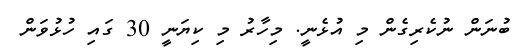
ބުނަން ނުކެރިގެން މި އުޅެނީ. މިހާރު މި ކިޔަނީ 30 ގައި ހުޅުވަން